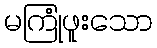
မကြုံဖူးသော